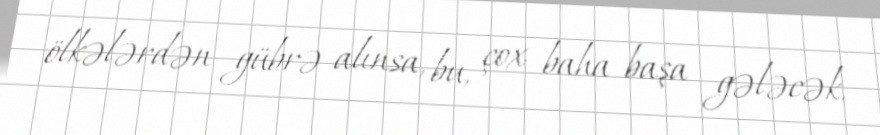
ölkələrdən gübrə alınsa, bu, çox baha başa gələcək.